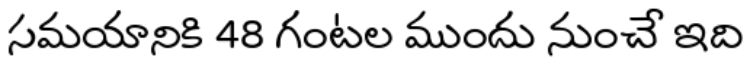
సమయానికి 48 గంటల ముందు నుంచే ఇది